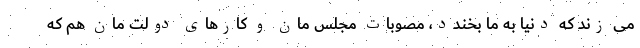
می زند که دنیا به ما بخندد، مصوبات مجلس مان و کارهای دولت مان هم که